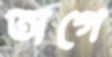
অগে